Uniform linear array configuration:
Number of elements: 12
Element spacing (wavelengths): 0.25
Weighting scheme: hamming
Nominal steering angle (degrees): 60
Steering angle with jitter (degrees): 58.704
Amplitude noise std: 0.05
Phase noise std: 0.05

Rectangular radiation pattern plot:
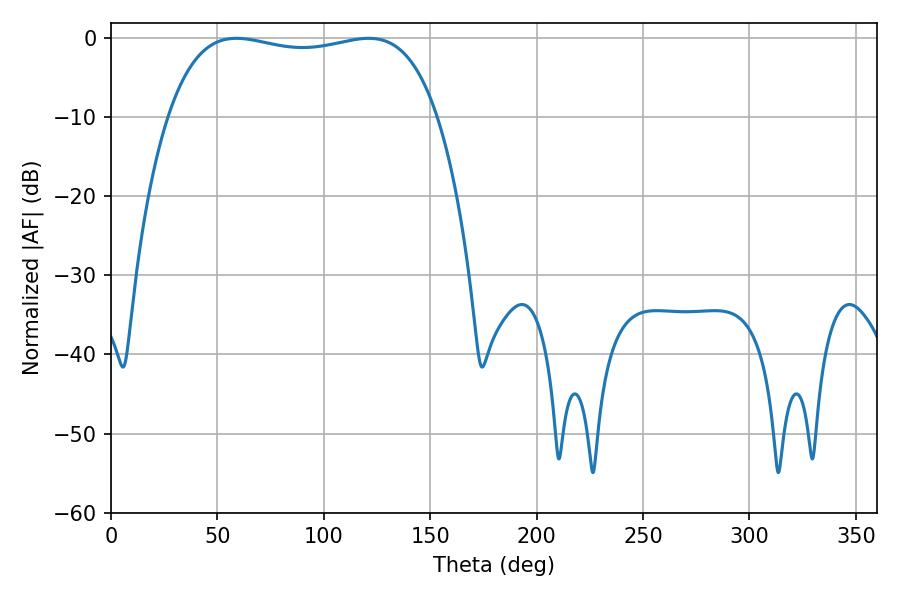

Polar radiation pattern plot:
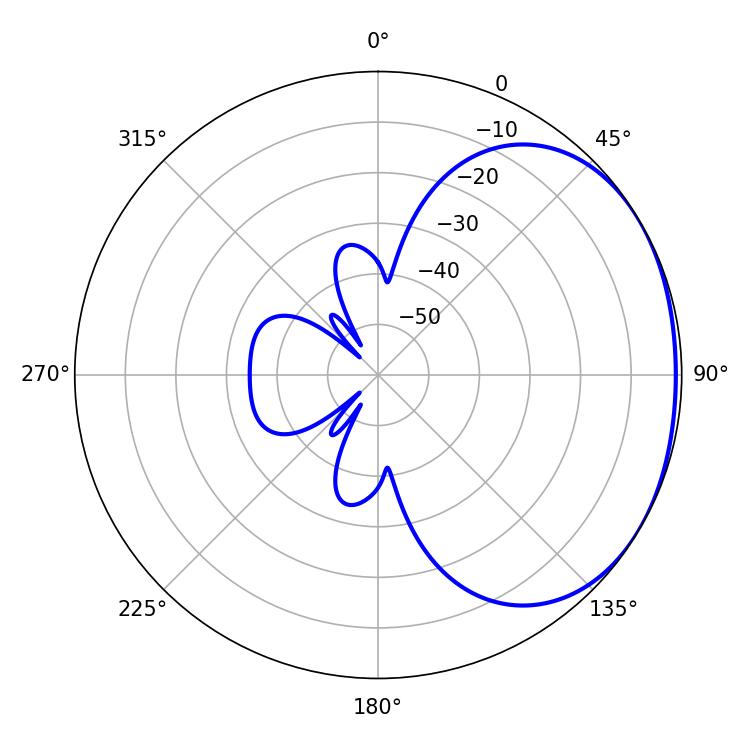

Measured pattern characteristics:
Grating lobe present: FALSE
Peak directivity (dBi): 1.521
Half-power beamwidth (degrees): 102.24
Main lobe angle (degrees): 58.86